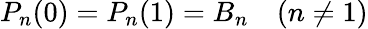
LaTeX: P_{n}(0)=P_{n}(1)=B_{n}\quad(n\neq 1)